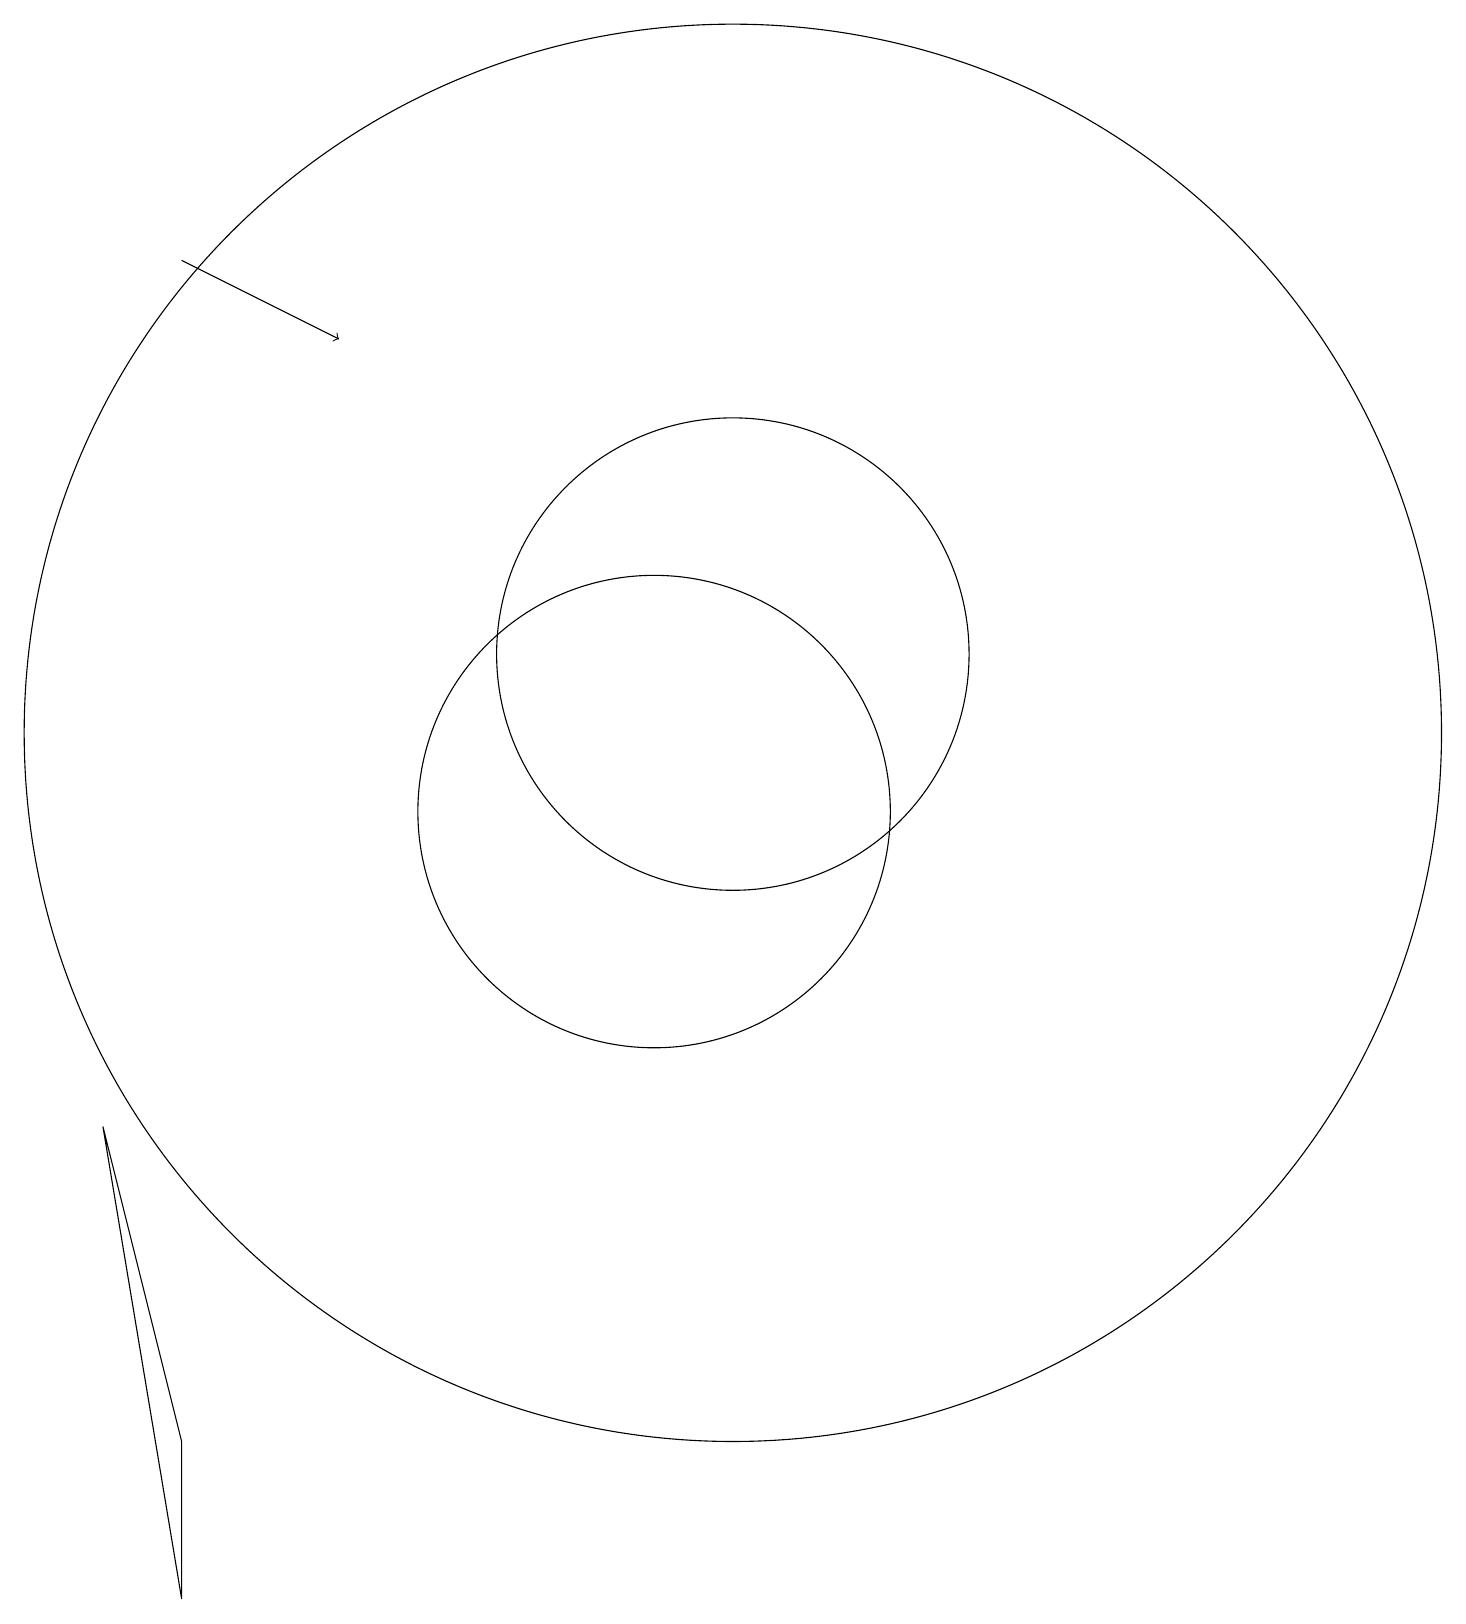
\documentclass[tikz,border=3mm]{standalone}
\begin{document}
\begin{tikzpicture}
\draw (4,2) -- (3,6) -- (4,0) -- cycle;
\draw (11,12) circle (3);
\draw[->] (4,17) -- (6,16);
\draw (11,11) circle (9);
\draw (10,10) circle (3);
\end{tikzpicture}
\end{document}